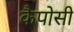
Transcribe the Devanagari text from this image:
कैपोसी